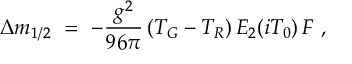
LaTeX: \Delta m _ { 1 / 2 } \ = \ - { \frac { g ^ { 2 } } { 9 6 \pi } } \, ( T _ { G } - T _ { R } ) \, E _ { 2 } ( i T _ { 0 } ) \, F \ ,